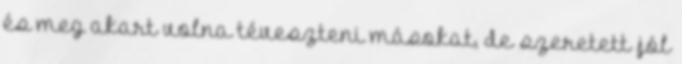
és meg akart volna téveszteni másokat, de szeretett jól